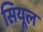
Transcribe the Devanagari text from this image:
सियूल